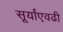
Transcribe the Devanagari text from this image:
सूर्यांएवढी